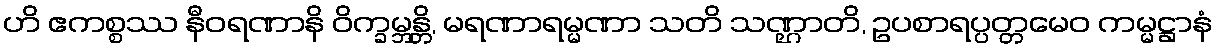
ဟိ ဧကစ္စဿ နီဝရဏာနိ ဝိက္ခမ္ဘန္တိ, မရဏာရမ္မဏာ သတိ သဏ္ဌာတိ, ဥပစာရပ္ပတ္တမေဝ ကမ္မဋ္ဌာနံ